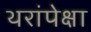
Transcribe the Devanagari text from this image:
थरांपेक्षा